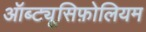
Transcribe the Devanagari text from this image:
ऑब्ट्यूसिफ़ोलियम